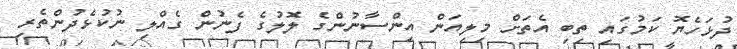
ދުޅަހެޔޮ ކަމުގައި ތިބި އެތަށް މިލިއަން އިންސާނުންގެ ލޮލުގެ ފެނުން ގެއްލި ނުކުޅެދުންތެރި